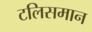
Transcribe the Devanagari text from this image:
टलिसमान